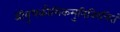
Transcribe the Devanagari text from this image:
श्रीबुधकौशिकमुनिविरचितं